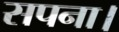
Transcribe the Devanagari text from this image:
सपना।